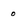
Character: o